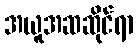
အယူအဆဆိုင်ရာ